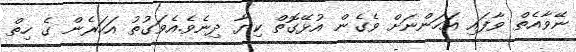
ނޭވާއެތް ވާފައި އަހަންނަށް ވެގެން އުޅޭގޮތް ކިޔާ ދިނެވެ.އެވަގުތު އަހަރެން ގެ ހިތް